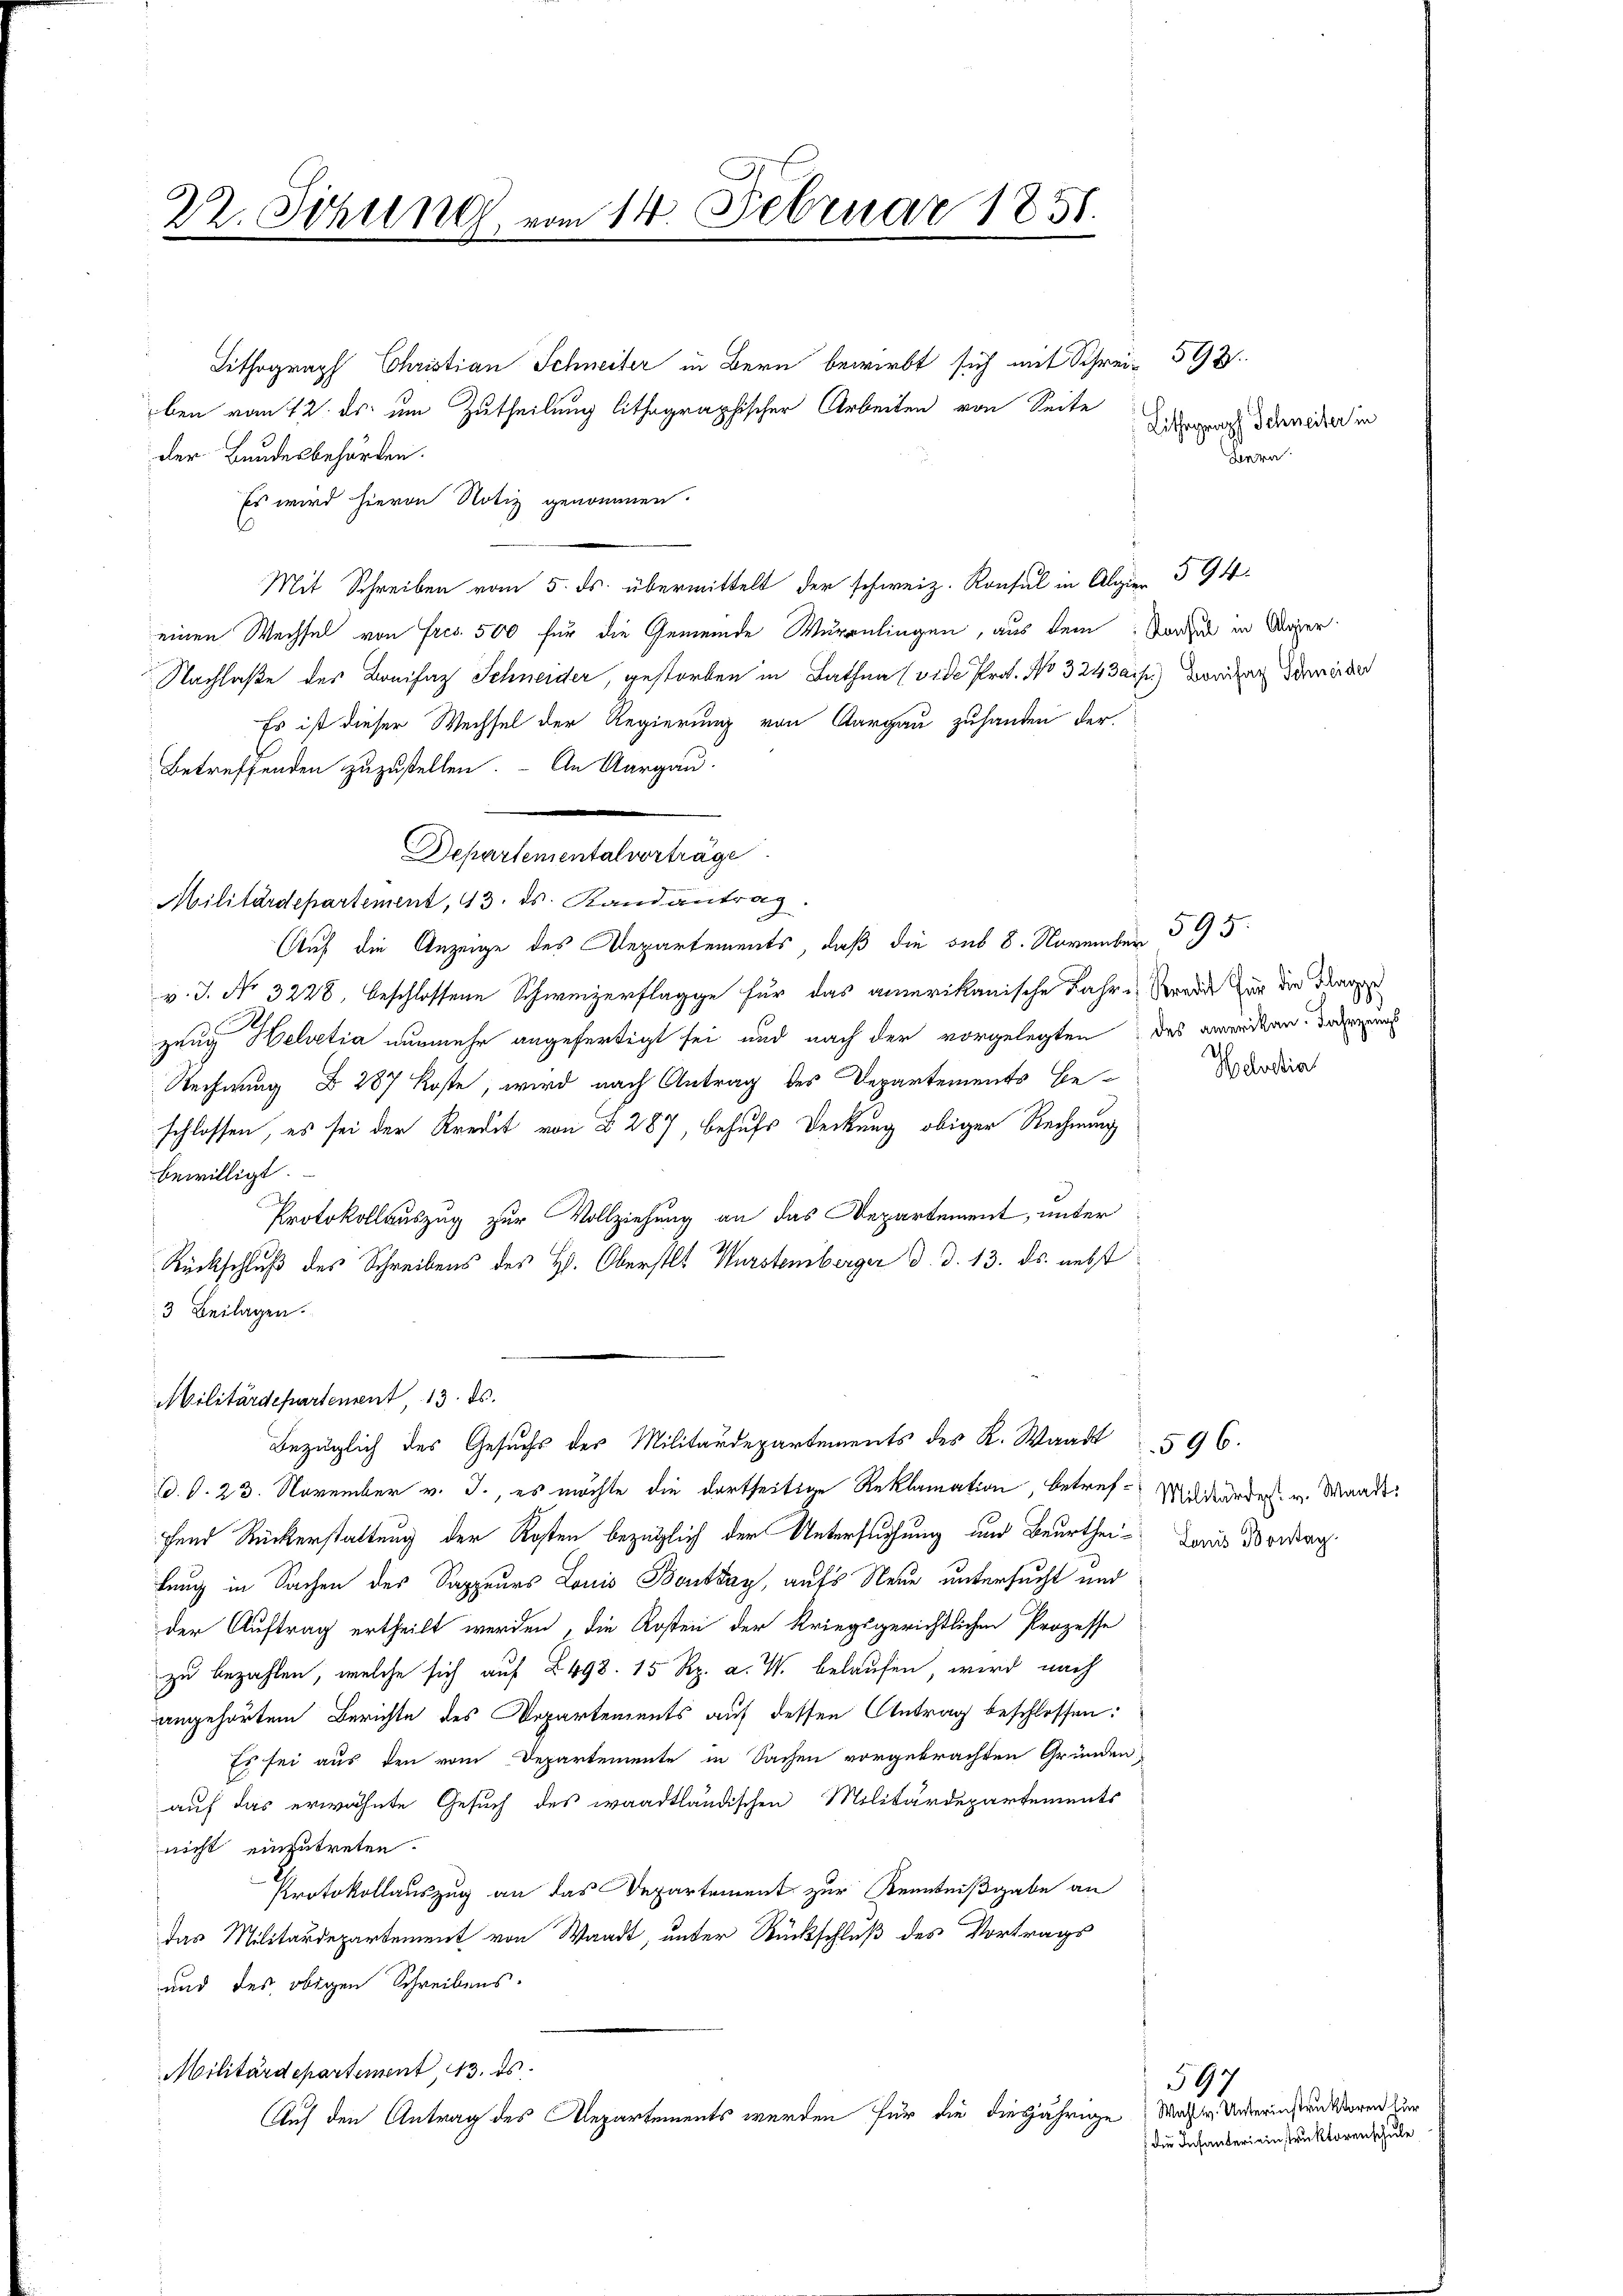
22. Schil 1888 vom 14. Februar 1858.

Lithograph Christian Schneiter in Bern bewirbt sich mit Schrei- 592.
ben vom 12. ds. um Zutheilung lithographischer Arbeiten von Seite
der Bundesbehörden.
Es wird hievon Notiz genommen.
Mit Schreiben vom 5. ds. übermittelt der schweiz. Konsul in Algier 594
einen Wechsel von Fres. 500 für die Gemeinde Würenlingen, aus dem Sonder in Aeger
Nachlaße des Breifaz Schneider, gestorben in Rathen (vide Prof. No 324 Daip.) Konzen Diner der
Es ist dieser Wechsel der Regierung von Aargau zuhanden der
Betreffenden zuzustellen. - An Aargau.
Departemental vorträge.
Militärdepartement, 43. ds. Randantrag.
Auf die Anzeige des Departements, daß die sub 8. November 595.
v. J. No 3228, beschlossene Schweizerflagge für das amerikanische Jahre Grade für der Kan
zeug Helvetia nunmehr angefertigt sei und nach der vorgelegten, das gwandten, dadu
Rechnung § 287 Koste, wird nach Antrag des Departements Be-
schlossen, es sei der Kredit von § 287, behufs Deckung obiger Rechnung
bewilligt.
Protokollauszug zur Vollziehung an das Departement, unter
Rückschluß des Schreibens des H. Oberstl. Wurstemberger d. d. 13. ds. nebst
3 Beilagen.
Militärdepartement 13. ds.
Bezüglich des Gesuchs des Militärdepartements des K. Waadt
d. d. 23. November v. J., es möchte die dortseitige Reklamation, betref- Mildeordes. v. Waadt
fend Rückerstaltung der Kosten bezüglich der Untersuchung und Beurtheilung in Sachen des Sappeurs Louis Bontag, aufs Neue untersucht und
der Auftrag ertheilt werden, die Kosten der Kriegsgerichtlichen Prozesse
zu bezahlen, welche sich auf 2498. 15 Rp. a. W. belaufen, wird nach
angehörtem Berichte des Departements auf dessen Antrag beschlossen:
Es sei aus den vom Departemente in Sachen vorgebrachten Gründen,
auf das erwähnte Gesuch des waadtländischen Militärdepartements
nicht einzutreten.
Protokollauszug an das Departement zur Kenntnißgabe an
Das Militärdepartement von Waadt, unter Rückschluß des Vortrags
und des obigen Schreibens.
Militärdepartement, 13. ds.
Auf den Antrag des Repartements werden für die diesjährige Macht. Unterinsten soren zu

Lithograph Schneiter in
deren

Idastia

596.
Lonis Bontag.

597
die Infantereinstruktorenschule